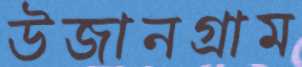
উজানগ্রাম